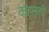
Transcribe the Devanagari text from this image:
कहलती